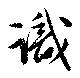
識